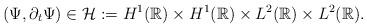
LaTeX: \begin{align*}(\Psi,\partial_t \Psi)\in \mathcal{H}:=H^1(\mathbb{R})\times H^{1}(\mathbb{R}) \times L^2(\mathbb{R}) \times L^2(\mathbb{R}). \end{align*}